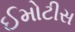
ઈમોટીસ